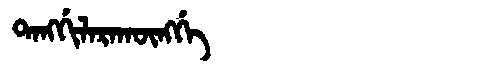
Manchu: ᡨᠠᠩᡤᡳᠯᠠᡵᠠᡴᡡᠩᡤᡝ
Romanization: TANGGILARAKŪNGGE